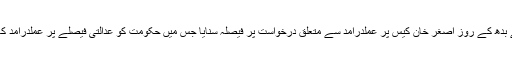
سپریم کورٹ نے بدھ کے روز اصغر خان کیس پر عملدرآمد سے متعلق درخواست پر فیصلہ سنایا جس میں حکومت کو عدالتی فیصلے پر عملدرآمد کا حکم دیا گیا ہے۔